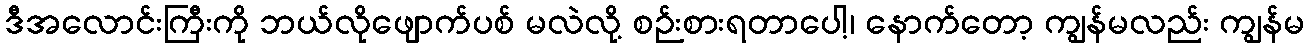
ဒီအလောင်းကြီးကို ဘယ်လိုဖျောက်ပစ် မလဲလို့ စဉ်းစားရတာပေါ့၊ နောက်တော့ ကျွန်မလည်း ကျွန်မ